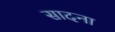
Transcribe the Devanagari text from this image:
सादना